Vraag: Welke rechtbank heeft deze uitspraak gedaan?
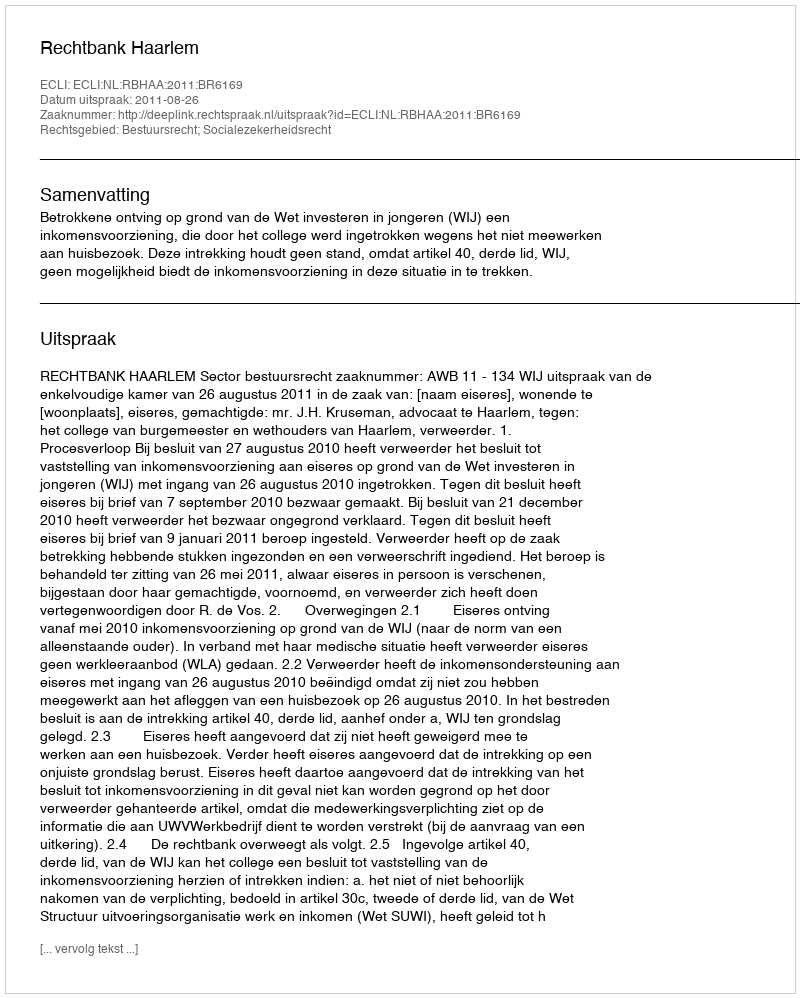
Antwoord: Rechtbank Haarlem